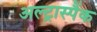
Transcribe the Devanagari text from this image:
अल्ट्रास्पैंक